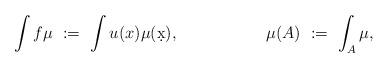
LaTeX: \begin{align*}\int f\mu & \ := \ \int u(x)\mu(\d x), & \mu(A) & \ := \ \int_A \mu,\end{align*}